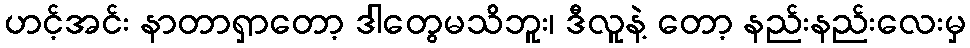
ဟင့်အင်း နာတာရှာတော့ ဒါတွေမသိဘူး၊ ဒီလူနဲ့ တော့ နည်းနည်းလေးမှ